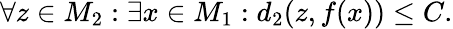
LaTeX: \forall z\in M_{2}:\exists x\in M_{1}:d_{2}(z,f(x))\leq C.